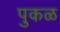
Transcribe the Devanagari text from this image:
पुकळ